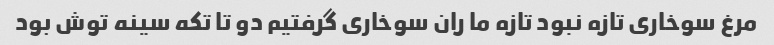
مرغ سوخاری تازه نبود تازه ما ران سوخاری گرفتیم دو تا تکه سینه توش بود